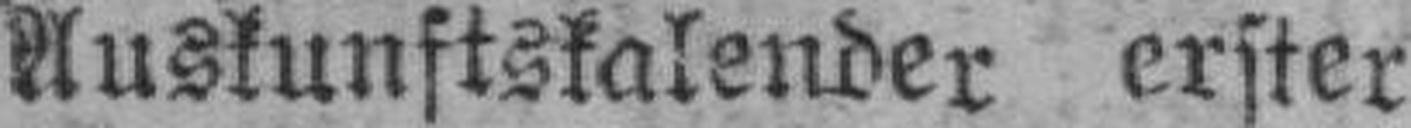
Auskunftskalender erster